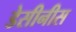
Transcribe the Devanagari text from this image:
डेसीनीस